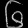
Digit: ၆